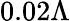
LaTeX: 0.02\Lambda